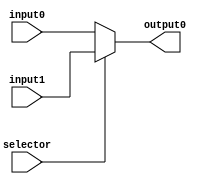
`timescale 1ns / 1ps

// 2:1 32-Bits Multiplexer Whitch Returns First Input Element if the Selector Line if 0 Or Returns The Second Input Element if the Selector Line is 1.
module multiplexer_2to1(
	input[31:0] input0, input[31:0] input1, input selector, 
	output[31:0] output0
	);
	
	assign output0 = selector ? input1 : input0;
	
endmodule